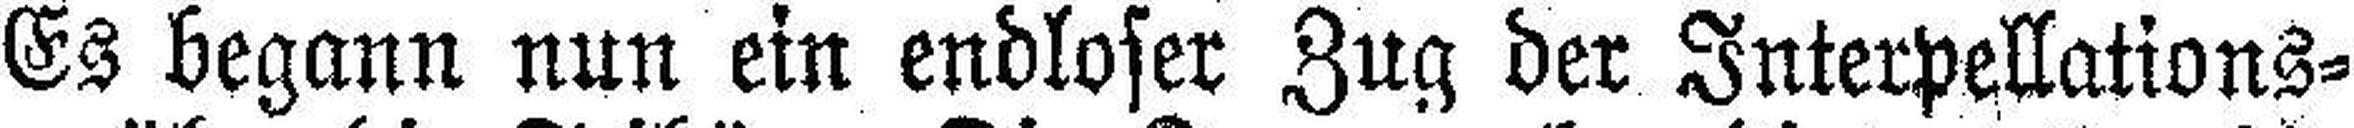
Es begann nun ein endloser Zug der Interpellations¬